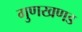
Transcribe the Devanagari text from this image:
गुणखणड